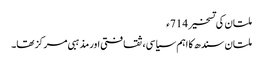
ملتان کی تسخیر 714ء
ملتان سندھ کا اہم سیاسی، ثقافتی اور مذہبی مرکز تھا۔